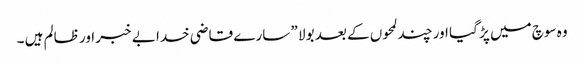
وہ سوچ میں پڑ گیا اور چند لمحوں کے بعد بولا ” سارے قاضی خدا بے خبر اور ظالم ہیں ۔